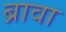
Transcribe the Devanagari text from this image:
ब्रावा